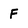
Character: F